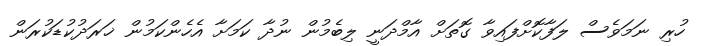
ހުރި ނަމަވެސް ލަފާކޮށްފައިވާ ގޮތަށް އާމްދަނީ ލިބެމުން ނުދާ ކަމަށާ އެހެންކަމުން ޚަރަދުކުޑަކުރަން